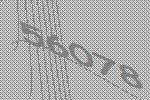
56078